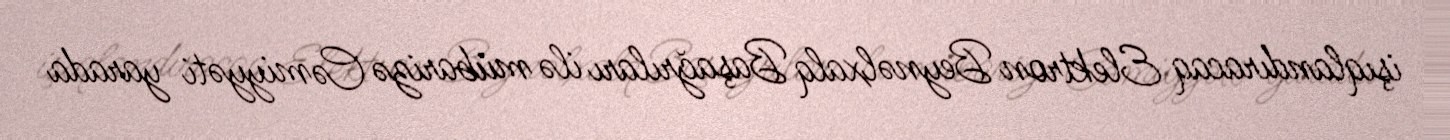
işıqlandıracaq Elektron Beynəlxalq Başağrıları ilə mübarizə Cəmiyyəti yarada